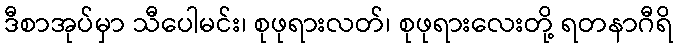
ဒီစာအုပ်မှာ သီပေါမင်း၊ စုဖုရားလတ်၊ စုဖုရားလေးတို့ ရတနာဂီရိ